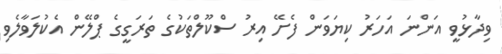
ވިދާޅުވީ އަންނަ އަހަރު ކިޔަވަން ފެށޭ އިރު ސްކޫލްތަކުގެ ތަރަގީގެ ޕްލޭން އެކުލަވާލެވި